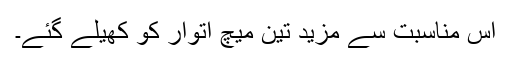
اس مناسبت سے مزید تین میچ اتوار کو کھیلے گئے۔